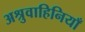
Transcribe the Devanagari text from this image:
अश्रुवाहिनियाँ